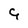
Character: 9